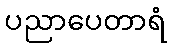
ပညာပေတာရံ